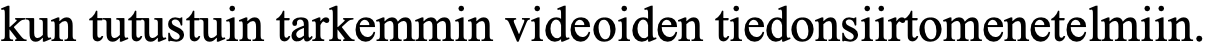
kun tutustuin tarkemmin videoiden tiedonsiirtomenetelmiin.